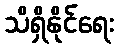
သိရှိနိုင်ရေး